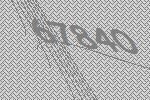
67840